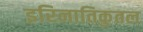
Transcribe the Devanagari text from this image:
इरिनातिकुतल